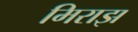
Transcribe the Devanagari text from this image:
मिराझ